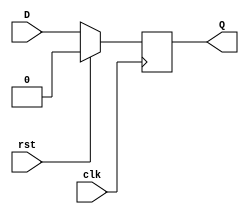
`timescale 1ns / 1ps
//////////////////////////////////////////////////////////////////////////////////
// Company: 
// Engineer: 
// 
// Design Name: 
// Module Name:    flipflop 
// Project Name: 
// Target Devices: 
// Tool versions: 
// Description: 
//
// Dependencies: 
//
// Revision: 
// Revision 0.01 - File Created
// Additional Comments: 
//
//////////////////////////////////////////////////////////////////////////////////
module flipflop(
    input clk,
    input rst,
    input D,
    output reg Q
    );
always @ ( posedge clk )
	begin
	if (rst) 
		Q<=1'b0;
	else
		Q<=D;
	end
endmodule